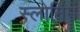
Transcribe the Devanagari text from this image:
स्लोनिम